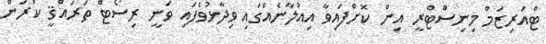
ޓްއަރިޒަމް މިނިސްޓްރީ އިން ކޮށްފައިވާ އިއުލާނެއްގައި ވިދާޅުވެފައި ވަނީ ރިސޯޓް ތަރައްޤީ ކުރަން